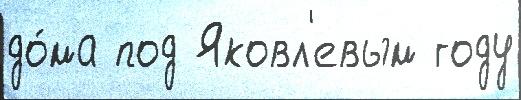
до́ма под Яковл'евым году